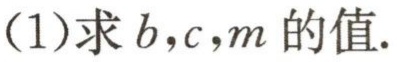
(1)求\(b,c,m\)的值.